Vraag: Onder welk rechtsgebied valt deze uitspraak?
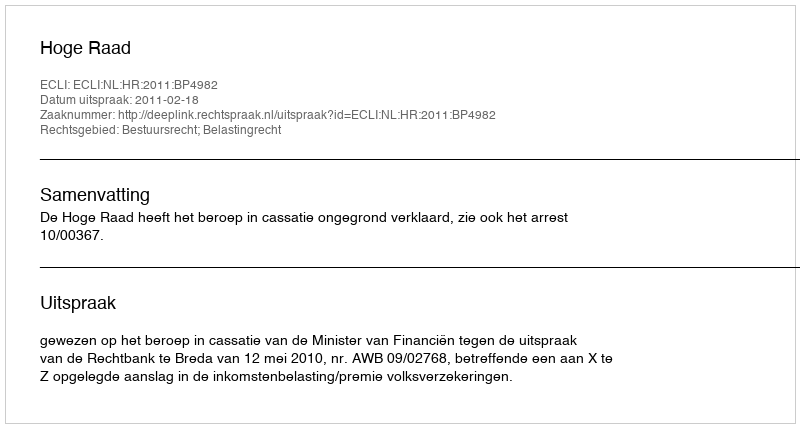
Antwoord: Bestuursrecht; Belastingrecht